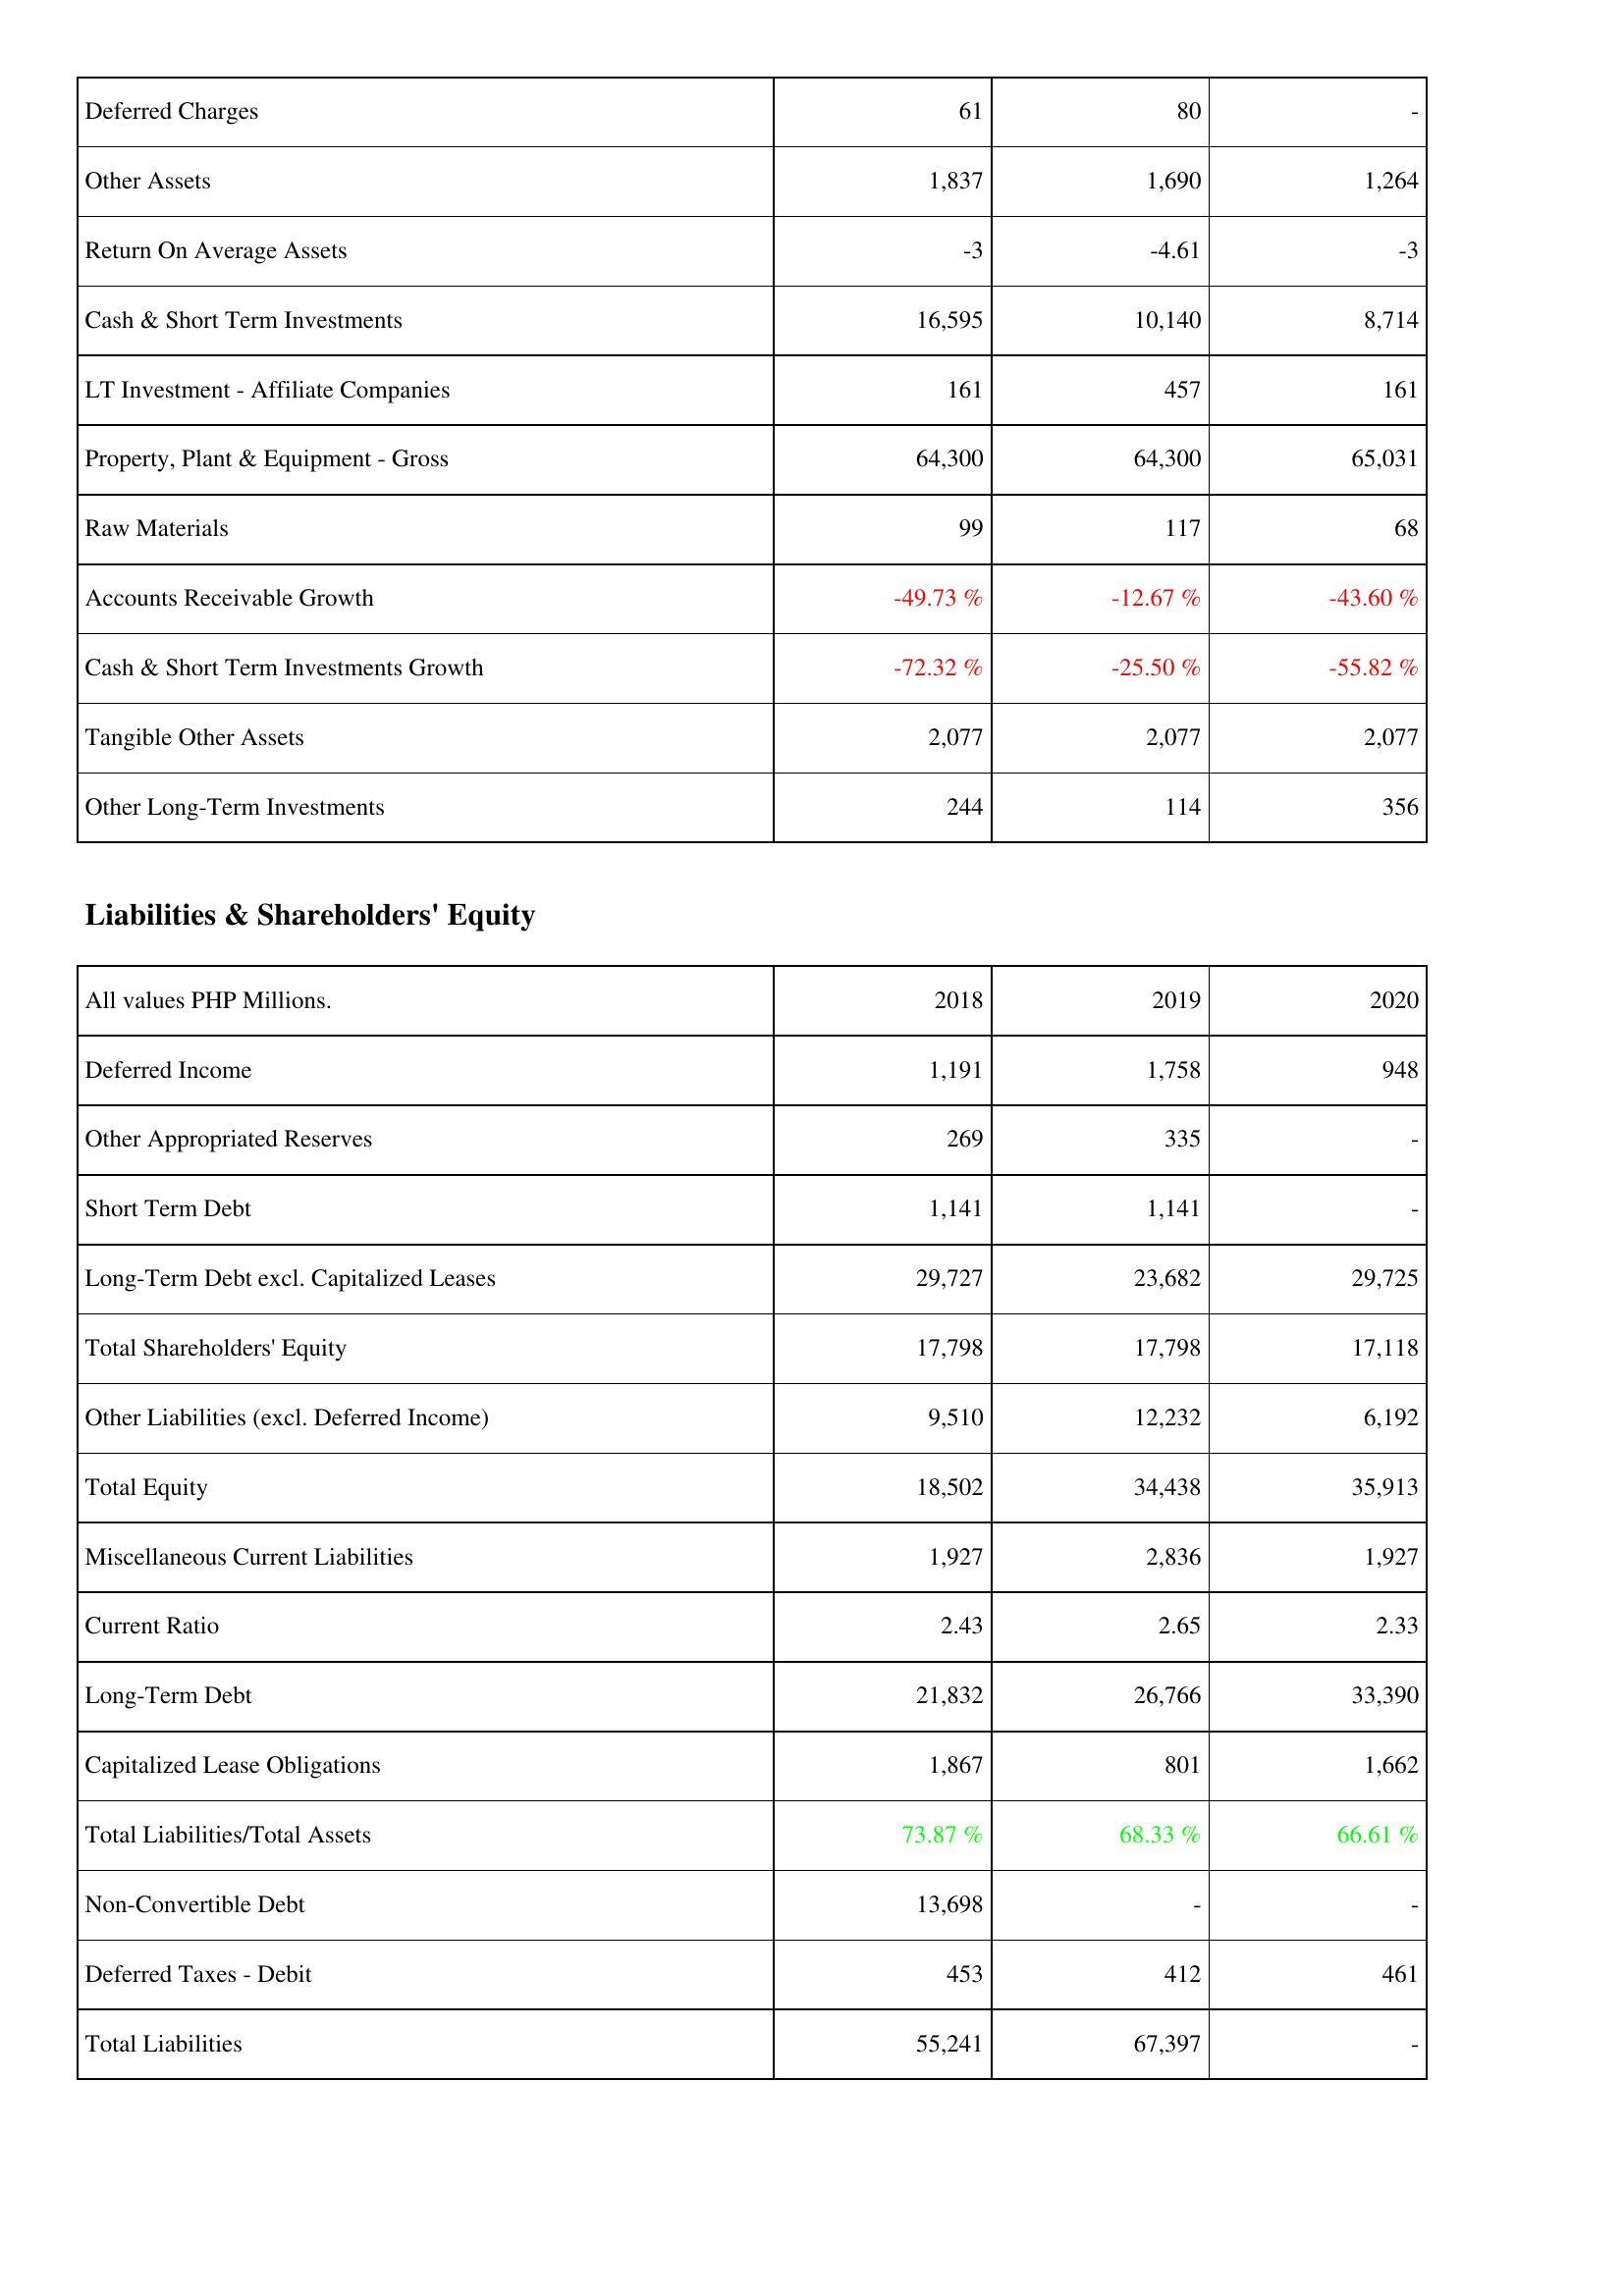
2018: Assets: Deferred Charges: 61
Other Assets: 1,837
Return On Average Assets: -3
Cash & Short Term Investments: 16,595
LT Investment - Affiliate Companies: 161
Property, Plant & Equipment - Gross: 64,300
Raw Materials: 99
Accounts Receivable Growth: -49.73 %
Cash & Short Term Investments Growth: -72.32 %
Tangible Other Assets: 2,077
Other Long-Term Investments: 244
Liabilities & Shareholders' Equity: Deferred Income: 1,191
Other Appropriated Reserves: 269
Short Term Debt: 1,141
Long-Term Debt excl. Capitalized Leases: 29,727
Total Shareholders' Equity: 17,798
Other Liabilities (excl. Deferred Income): 9,510
Total Equity: 18,502
Miscellaneous Current Liabilities: 1,927
Current Ratio: 2.43
Long-Term Debt: 21,832
Capitalized Lease Obligations: 1,867
Total Liabilities/Total Assets: 73.87 %
Non-Convertible Debt: 13,698
Deferred Taxes - Debit: 453
Total Liabilities: 55,241
2019: Assets: Deferred Charges: 80
Other Assets: 1,690
Return On Average Assets: -4.61
Cash & Short Term Investments: 10,140
LT Investment - Affiliate Companies: 457
Property, Plant & Equipment - Gross: 64,300
Raw Materials: 117
Accounts Receivable Growth: -12.67 %
Cash & Short Term Investments Growth: -25.50 %
Tangible Other Assets: 2,077
Other Long-Term Investments: 114
Liabilities & Shareholders' Equity: Deferred Income: 1,758
Other Appropriated Reserves: 335
Short Term Debt: 1,141
Long-Term Debt excl. Capitalized Leases: 23,682
Total Shareholders' Equity: 17,798
Other Liabilities (excl. Deferred Income): 12,232
Total Equity: 34,438
Miscellaneous Current Liabilities: 2,836
Current Ratio: 2.65
Long-Term Debt: 26,766
Capitalized Lease Obligations: 801
Total Liabilities/Total Assets: 68.33 %
Non-Convertible Debt: -
Deferred Taxes - Debit: 412
Total Liabilities: 67,397
2020: Assets: Deferred Charges: -
Other Assets: 1,264
Return On Average Assets: -3
Cash & Short Term Investments: 8,714
LT Investment - Affiliate Companies: 161
Property, Plant & Equipment - Gross: 65,031
Raw Materials: 68
Accounts Receivable Growth: -43.60 %
Cash & Short Term Investments Growth: -55.82 %
Tangible Other Assets: 2,077
Other Long-Term Investments: 356
Liabilities & Shareholders' Equity: Deferred Income: 948
Other Appropriated Reserves: -
Short Term Debt: -
Long-Term Debt excl. Capitalized Leases: 29,725
Total Shareholders' Equity: 17,118
Other Liabilities (excl. Deferred Income): 6,192
Total Equity: 35,913
Miscellaneous Current Liabilities: 1,927
Current Ratio: 2.33
Long-Term Debt: 33,390
Capitalized Lease Obligations: 1,662
Total Liabilities/Total Assets: 66.61 %
Non-Convertible Debt: -
Deferred Taxes - Debit: 461
Total Liabilities: -